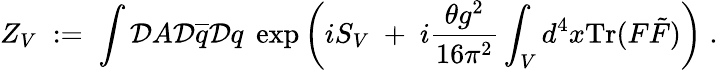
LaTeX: Z_{V}\; :=\; \int{\cal D}A{\cal D}\overline{{{q}}}{\cal D}q\; \exp\left(iS_{V}\; +\; i\frac{\theta g^{2}}{16\pi^{2}}\int_{V}d^{4}x\mathrm{Tr}(F\tilde{F})\right)\; .